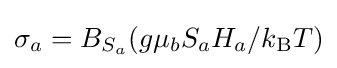
\sigma _{a}=B_{S_{a}}(g\mu _{b}S_{a}H_{a}/k_{\text{B}}T)